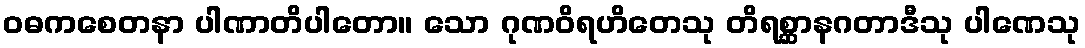
ဝဓကစေတနာ ပါဏာတိပါတော။ သော ဂုဏဝိရဟိတေသု တိရစ္ဆာနဂတာဒီသု ပါဏေသု